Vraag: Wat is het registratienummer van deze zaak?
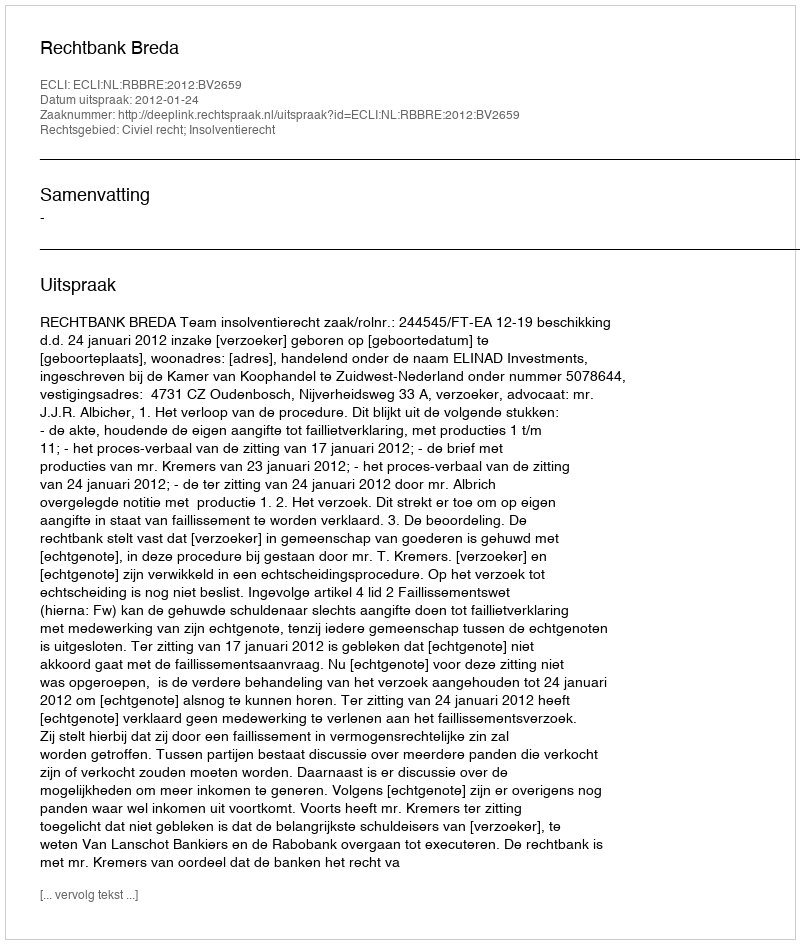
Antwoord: http://deeplink.rechtspraak.nl/uitspraak?id=ECLI:NL:RBBRE:2012:BV2659